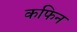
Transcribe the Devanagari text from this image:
कफिन